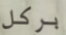
بركل